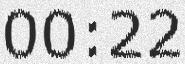
00:22